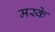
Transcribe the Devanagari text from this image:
मस्के